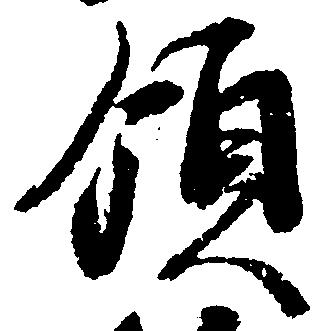
領